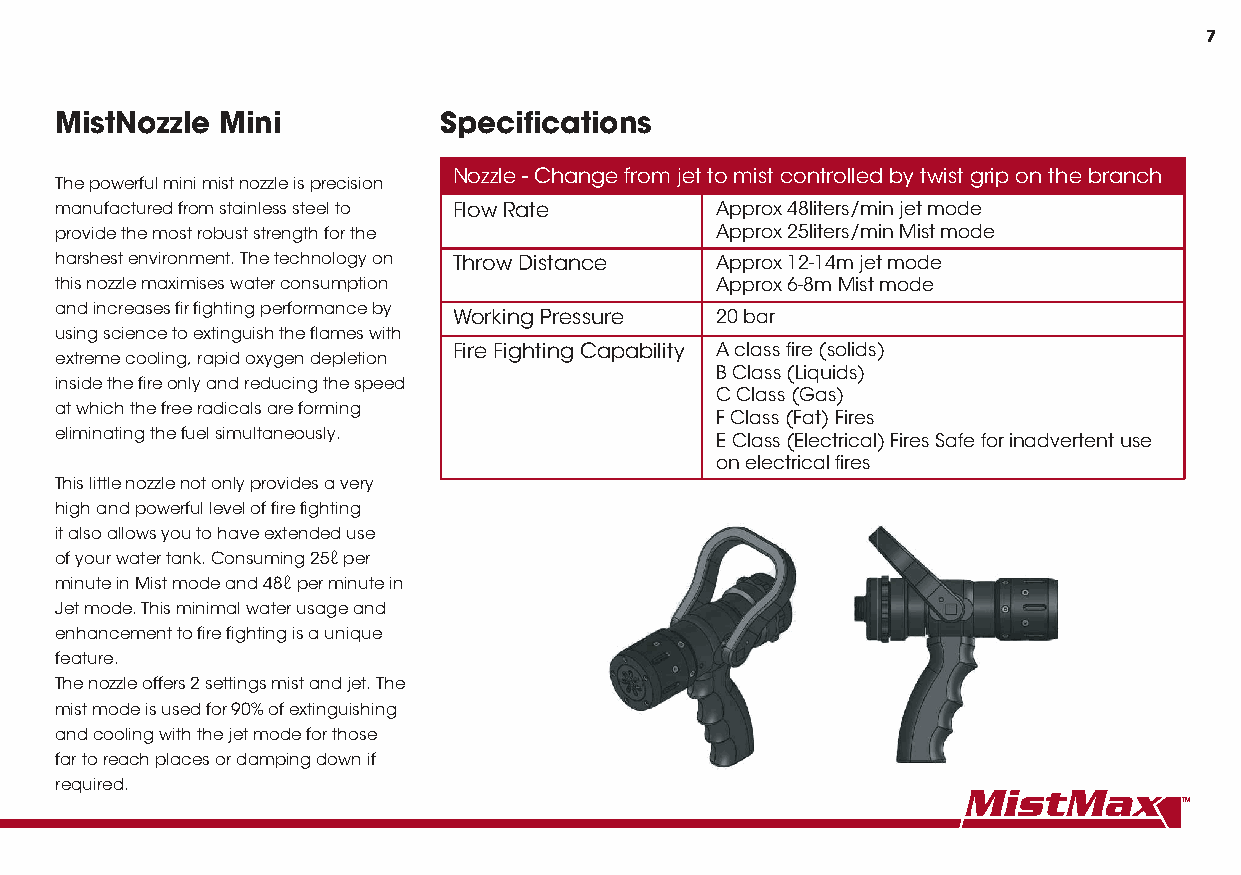
7
 MistNozzle Mini          Specifications
 Nozzle - Change from jet to mist controlled by twist grip on the branch
 The powerful mini mist nozzle is precision
 manufactured from stainless steel to Flow Rate Approx 48liters/min jet mode
 provide the most robust strength for the   Approx 25liters/min Mist mode
 harshest environment. The technology on Throw Distance Approx 12-14m jet mode
 this nozzle maximises water consumption    Approx 6-8m Mist mode
 and increases fir fighting performance by
 Working Pressure 20 bar
 using science to extinguish the flames with
 Fire Fighting Capability A class fire (solids)
 extreme cooling, rapid oxygen depletion
 B Class (Liquids)
 inside the fire only and reducing the speed
 C Class (Gas)
 at which the free radicals are forming
 F Class (Fat) Fires
 eliminating the fuel simultaneously.       E Class (Electrical) Fires Safe for inadvertent use
 on electrical fires
 This little nozzle not only provides a very
 high and powerful level of fire fighting
 it also allows you to have extended use
 of your water tank. Consuming 25ℓ per
 minute in Mist mode and 48ℓ per minute in
 Jet mode. This minimal water usage and
 enhancement to fire fighting is a unique
 feature.
 The nozzle offers 2 settings mist and jet. The
 mist mode is used for 90% of extinguishing
 and cooling with the jet mode for those
 far to reach places or damping down if
 required.
 TM